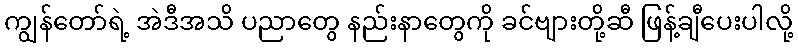
ကျွန်တော်ရဲ့ အဲဒီအသိ ပညာတွေ နည်းနာတွေကို ခင်ဗျားတို့ဆီ ဖြန့်ချီပေးပါလို့